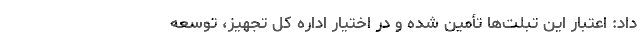
داد: اعتبار این تبلت‌ها تأمین شده و در اختیار اداره کل تجهیز، توسعه